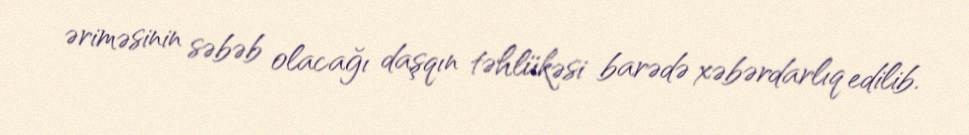
əriməsinin səbəb olacağı daşqın təhlükəsi barədə xəbərdarlıq edilib.